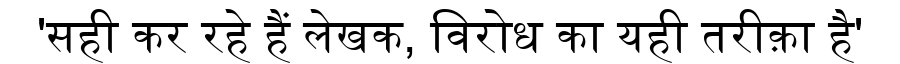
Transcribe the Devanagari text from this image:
'सही कर रहे हैं लेखक, विरोध का यही तरीक़ा है'